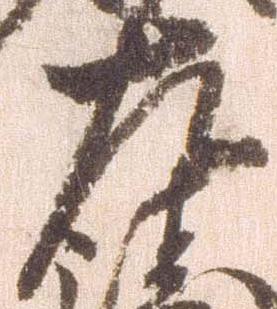
左